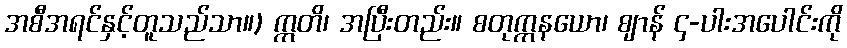
အစီအရင်နှင့်တူသည်သာ။) ဣတိ၊ အပြီးတည်း။ စတုက္ကနယော၊ ဈာန် ၄-ပါးအပေါင်းကို